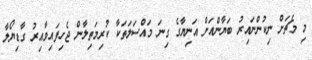
މި މެޗަށް ނިކުންނައިރު ބަޔާންއަށް އަނިޔާގެ ގިނަ މައްސަލަތަކާ ކުރިމަތިލާން ޖެހިފައިވާއިރު ގާޑިޔޯލާ